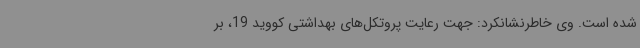
شده است. وی خاطرنشانکرد: جهت رعایت پروتکل‌های بهداشتی کووید 19، بر